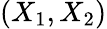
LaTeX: (X_{1},X_{2})